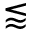
\lessapprox